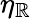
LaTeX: \eta_{\mathbb{R}}